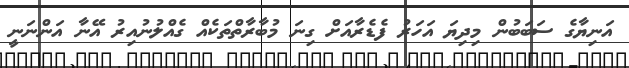
އަނިޔާގެ ސަބަބުން މިދިޔަ އަހަރު ފެޑެރާއަށް ގިނަ މުބާރާތްތަކެއް ގެއްލުނުއިރު އޭނާ އަންނަނީ